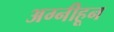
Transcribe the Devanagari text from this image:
अग्नीहून